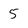
Character: 5